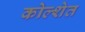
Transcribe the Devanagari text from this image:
कोल्शेत